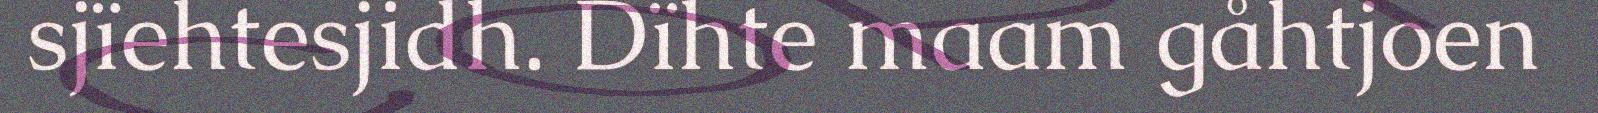
sjïehtesjidh. Dïhte maam gåhtjoen